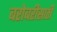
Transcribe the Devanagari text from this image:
बरोबरीसाठी